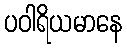
ပဝါရိယမာနေ